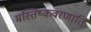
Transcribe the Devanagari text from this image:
मस्तिष्कवरणार्ति